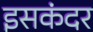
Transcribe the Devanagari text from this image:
इसकंदर